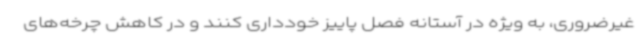
غیرضروری، به ویژه در آستانه فصل پاییز خودداری کنند و در کاهش چرخه‌های